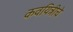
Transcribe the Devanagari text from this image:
कवयित्रीचे